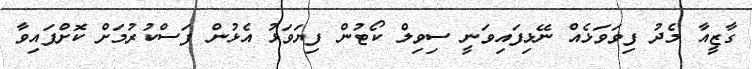
ގާޒީއާ މެދު ފިވަވަޅެއް ނޭޅިފައިވަނީ ސިވިލް ކޯޓުން ފިޔަވަޅު އެޅުން ފަސްކުރުމަށް ކޮށްފައިވާ